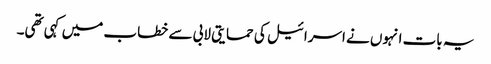
یہ بات انہوں نے اسرائیل کی حمایتی لابی سے خطاب میں کہی تھی۔